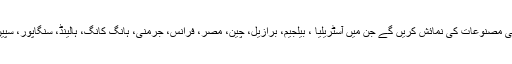
انہوں نے کہاکہ نمائش میں دنیا بھر سے 24 سے زائد ممالک اپنی مصنوعات کی نمائش کریں گے جن میں آسٹریلیا ، بیلجیم، برازیل، چین، مصر، فرانس، جرمنی، ہانگ کانگ، ہالینڈ، سنگاپور، سپین، تائیوان، تھائی لینڈ، ترکی، برطانیہ، امریکا ار ویتنام شامل ہیں۔